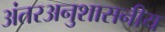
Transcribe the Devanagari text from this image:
अंतरअनुशासनीय